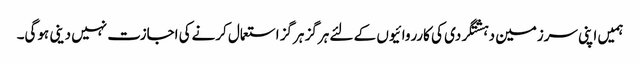
ہمیں اپنی سرزمین دہشتگردی کی کارروائیوں کے لئے ہرگز ہرگز استعمال کرنےکی اجازت نہیں دینی ہوگی۔